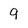
Character: 9